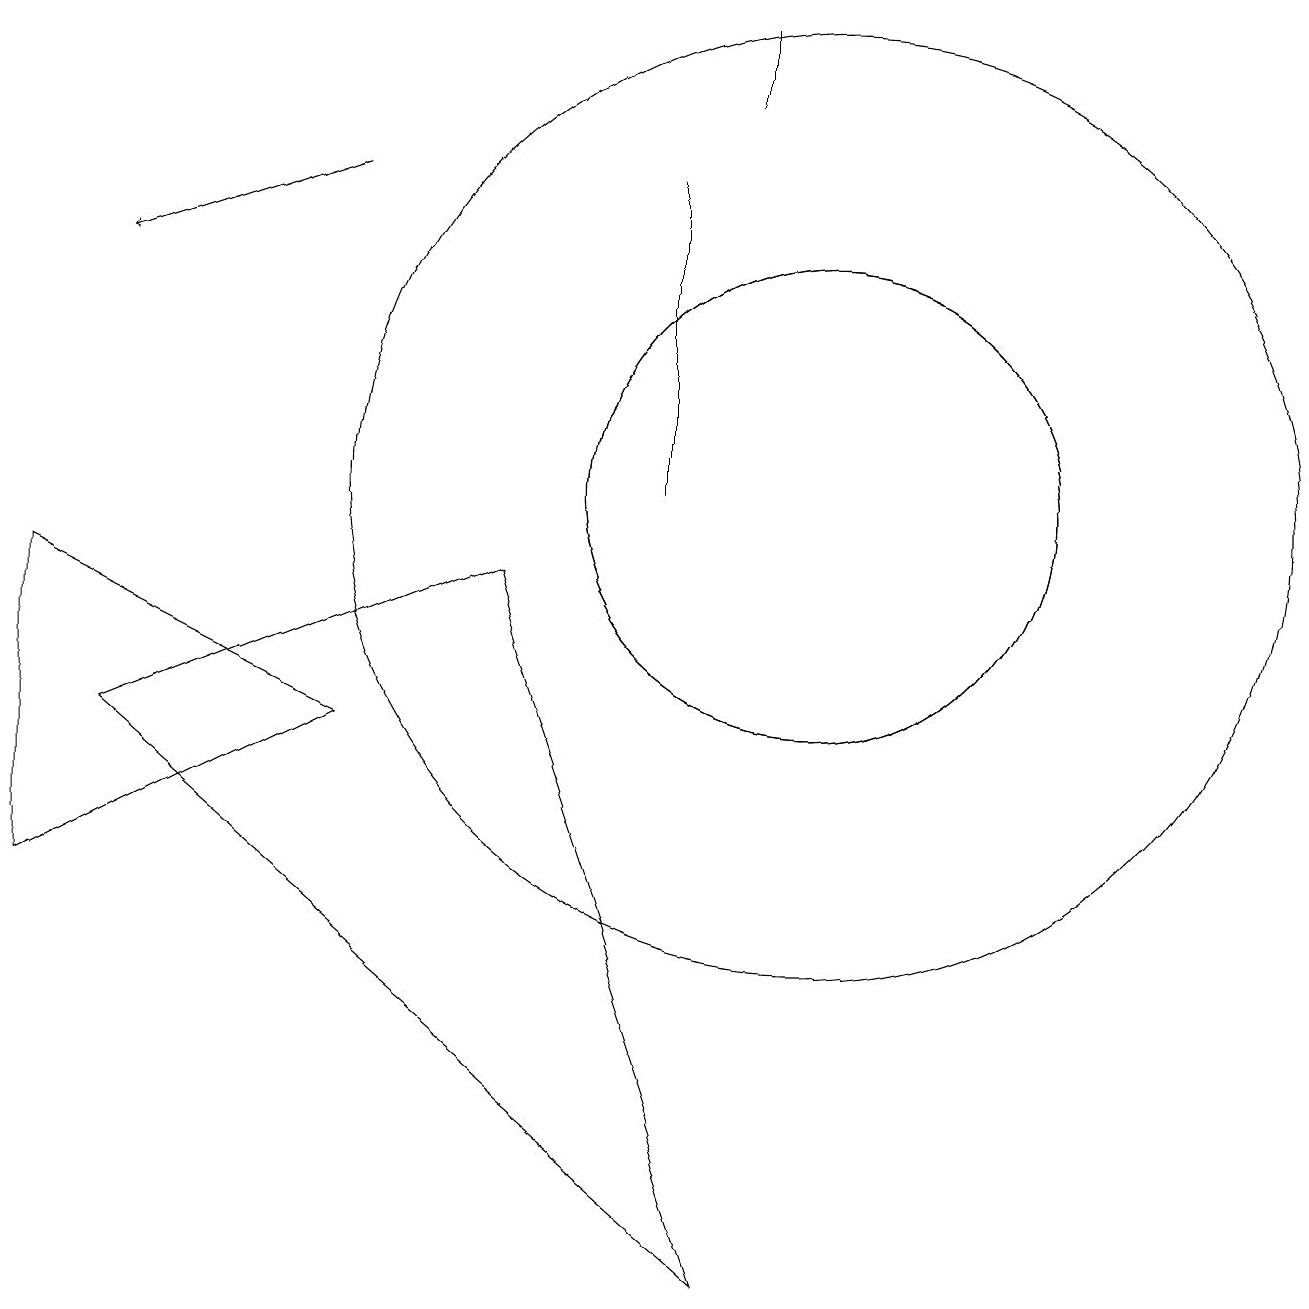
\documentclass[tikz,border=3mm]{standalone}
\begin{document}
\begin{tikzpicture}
\draw (10,10) circle (3);
\draw (8,10) rectangle (8,14);
\draw (10,10) circle (3);
\draw (9,0) -- (1,7) -- (6,9) -- cycle;
\draw (10,10) circle (6);
\draw (4,7) -- (0,9) -- (0,5) -- cycle;
\draw (9,16) rectangle (9,15);
\draw[->] (4,14) -- (1,13);
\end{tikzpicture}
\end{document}